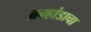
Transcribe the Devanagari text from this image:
ब्रम्हांडाचा